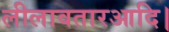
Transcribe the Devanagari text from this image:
लीलावतारआदि।